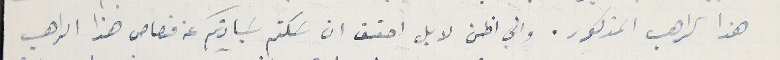
هذا الراهب المذكور. واني اظن لا بل احقق ان سَكتم سَيادتكم عن قصاص هذا الراهب